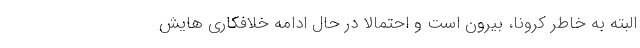
البته به خاطر کرونا، بیرون است و احتمالاً در حال ادامه خلافکاری هایش